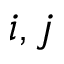
i , j